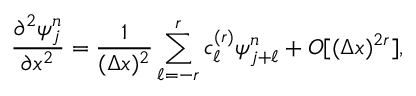
\frac { \partial ^ { 2 } \psi _ { j } ^ { n } } { \partial x ^ { 2 } } = \frac { 1 } { ( \Delta x ) ^ { 2 } } \sum _ { \ell = - r } ^ { r } c _ { \ell } ^ { ( r ) } \psi _ { j + \ell } ^ { n } + { \cal O } { [ ( \Delta x ) ^ { 2 r } ] } ,